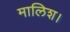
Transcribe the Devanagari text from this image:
मालिश।